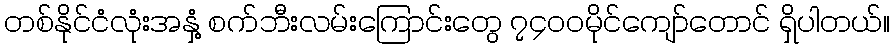
တစ်နိုင်ငံလုံးအနှံ့ စက်ဘီးလမ်းကြောင်းတွေ ၇၄၀၀မိုင်ကျော်တောင် ရှိပါတယ်။